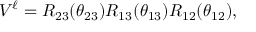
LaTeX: V ^ { \ell } = R _ { 2 3 } ( \theta _ { 2 3 } ) R _ { 1 3 } ( \theta _ { 1 3 } ) R _ { 1 2 } ( \theta _ { 1 2 } ) ,